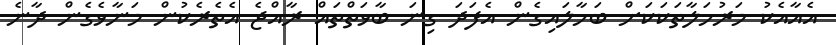
އެއާއެކު މަރުހަލާތަކަކަށް ބަހާލައިގެން އެފަދަ ގިނަ ބާވަތްތައް ރާއްޖެ އެތެރެކުން މަނާވެގެން ދާނެ